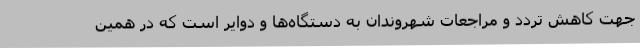
جهت کاهش تردد و مراجعات شهروندان به دستگاه‌ها و دوایر است که در همین